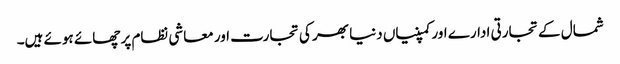
شمال کے تجارتی ادارے اور کمپنیاں دنیا بھر کی تجارت اور معاشی نظام پر چھائے ہوئے ہیں۔